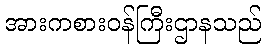
အားကစားဝန်ကြီးဌာနသည်